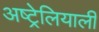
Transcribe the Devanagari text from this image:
अष्ट्रेलियाली